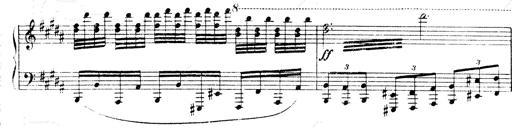
Title: Andante Finale und Marsch aus der Oper KÃ¶nig Alfred
Composer: Franz Liszt